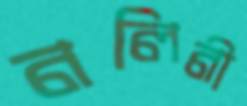
নলিনী